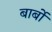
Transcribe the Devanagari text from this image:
बार्बो